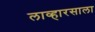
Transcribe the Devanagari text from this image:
लाव्हारसाला